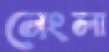
নেংলা